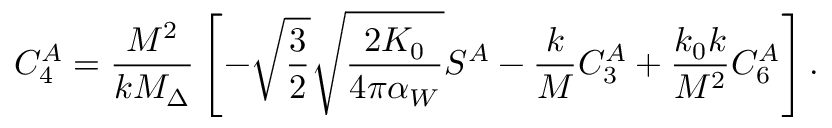
C _ { 4 } ^ { A } = \frac { M ^ { 2 } } { k M _ { \Delta } } \left[ - \sqrt { \frac 3 2 } \sqrt { \frac { 2 K _ { 0 } } { 4 \pi \alpha _ { W } } } S ^ { A } - \frac k M C _ { 3 } ^ { A } + \frac { k _ { 0 } k } { M ^ { 2 } } C _ { 6 } ^ { A } \right] .